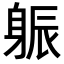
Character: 𨉎